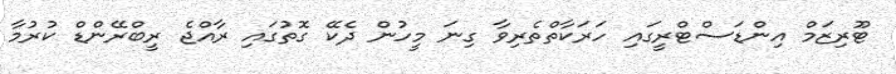
ޓޫރިޒަމް އިންޑަސްޓްރީގައި ހަރަކާތްތެރިވާ ގިނަ މީހުން ދެކޭ ގޮތުގައި ރާއްޖެ ރީބްރޭންޑް ކުރުމާ